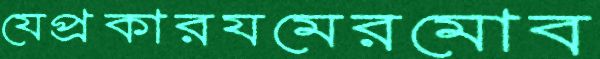
যেপ্রকারযমেরমোব